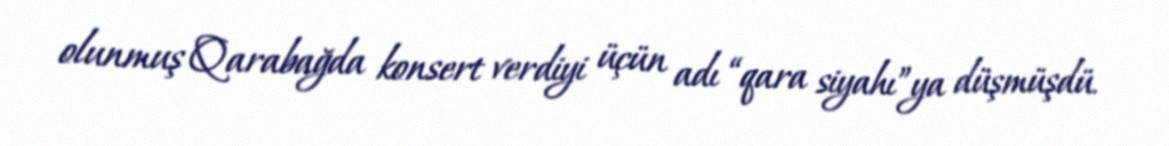
olunmuş Qarabağda konsert verdiyi üçün adı “qara siyahı”ya düşmüşdü.